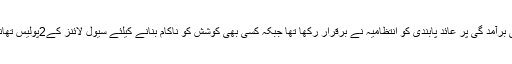
ادھر سیول لائنز میں آبی گزر سرینگر سے 10محرم الحرام کے سلسلے میں عاشورہ جلوس کی برآمد گی پر عائد پابندی کو انتظامیہ نے برقرار رکھا تھا جبکہ کسی بھی کوشش کو ناکام بنانے کیلئے سیول لائنز کے2پولیس تھانوں کوٹھی باغ اور مائیسمہ کے حدود میں پابندیاں ،بندشیں اور سخت ترین ناکہ بندی کی گئی ۔